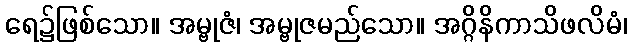
ရေ၌ဖြစ်သော။ အမ္ဗုဇံ၊ အမ္ဗုဇမည်သော။ အဂ္ဂိနိကာသိဖလိမံ၊